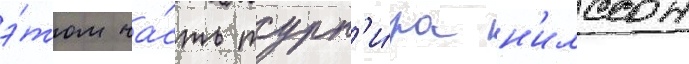
э́том ча́сть турн'и́ра н'илссон